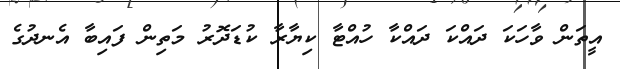
އީތަން ވާހަކަ ދައްކަ ދައްކާ ހުއްޓާ ކިޔާރާ ކުޑަދޮރު މަތިން ފައިބާ އެނދުގެ